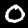
Label: 0